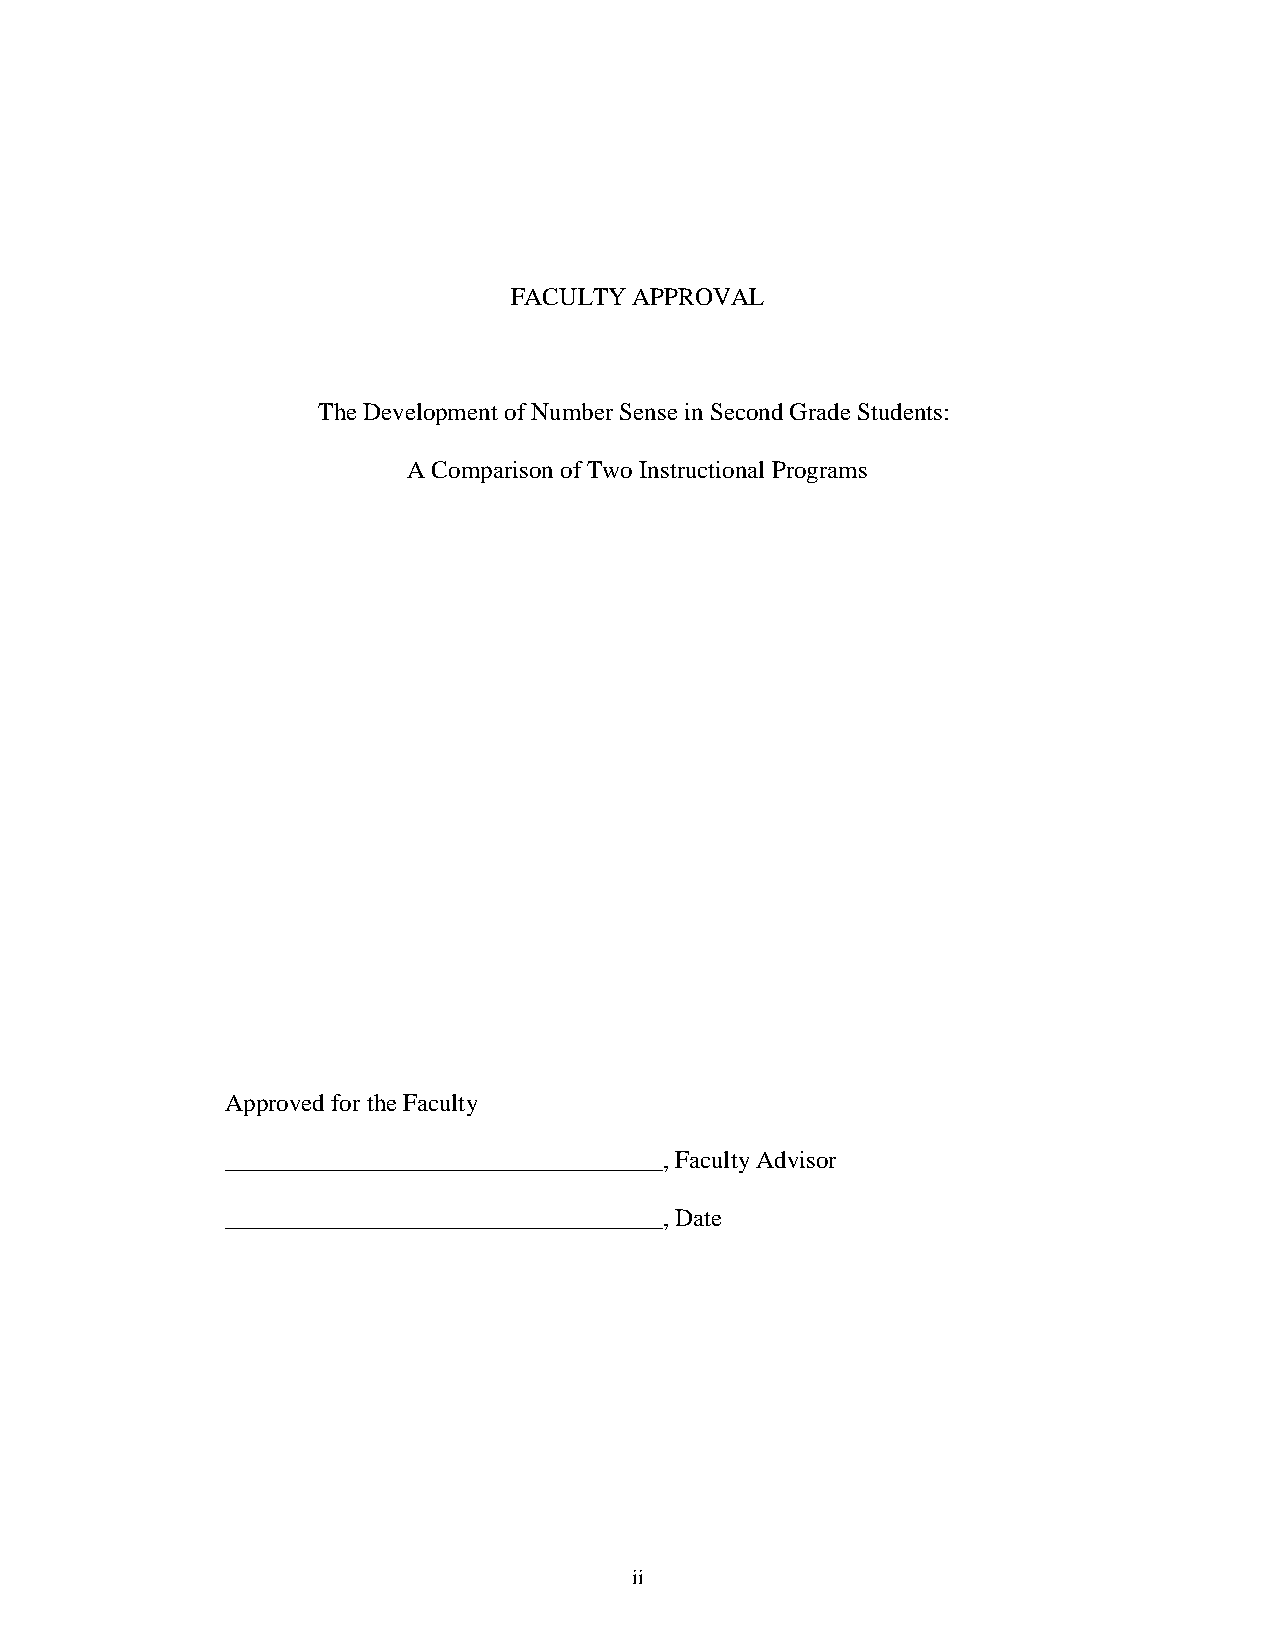
FACULTY APPROVAL
 The Development of Number Sense in Second Grade Students:
 A Comparison of Two Instructional Programs
 Approved for the Faculty
 ___________________________________, Faculty Advisor
 ___________________________________, Date
 ii